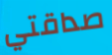
صداقتي